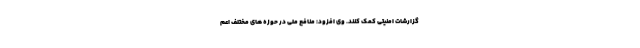
گزارشات امنیتی کمک کنند. وی افزود: منافع ملی در حوزه های مختلف اعم